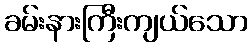
ခမ်းနားကြီးကျယ်သော